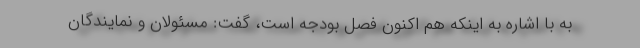
به با اشاره به اینکه هم اکنون فصل بودجه است، گفت: مسئولان و نمایندگان